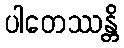
ပါတေဿန္တိ